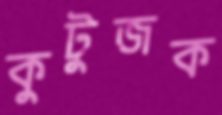
কুটুজক